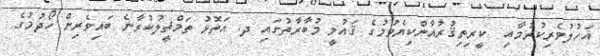
އަހުލުވެރިކުރުމާއި  ކީރިތިޤުރުއާންކިޔެވުމުގެ ޤައުމީ މުބާރާތުގައި ދ. އަތޮޅު ތަމްޘީލުކުރާނެ ބައިވެރިން ހޯދުމުގެ